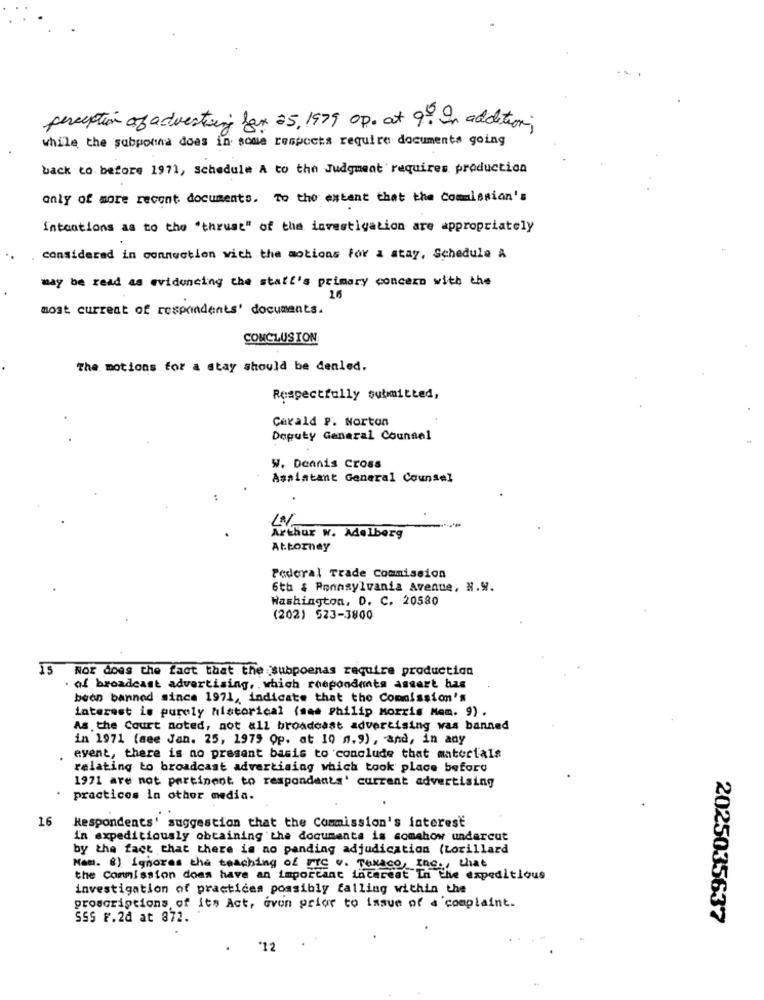
perception of advertising fax 25, 1979 op. at 9 ?. In addition;
while the subpotina does in some respects require documents going
back to before 1971, schedule A to the Judgment requires production
only of more recent documents. To the extent that the Commission's
Intoations as to the "thrust" of the investigation are appropriately
considered in connection with the motions for a stay, Schedule A
may be read as evidencing the stati's primary concern with the
16
most current of respondents' documents.
CONCLUSION
The motions for a stay should be denled.
Respectfully submitted,
Carald P. Norton
Deputy General Counsel
W. Dennis Cross
Assistant General Counsel
Arthur w. Adelberg
Attorney
Federal Trade Commission
6th : Pennsylvania Avenue, N.W.
Washington, D. C. 20580
(202) 523-3800
Nor does the fact that the subpoenas require production
of broadcast advertising, which respondents assert bas
been banned since 1971, indicate that the Commission's
interest is purely historical (sae Philip Morris Mem. 9).
As the Court noted, not all broadcast advertising was banned
in 1971 (see Jan. 25, 1979 Op. at 10 0.9), and, in any
event, there is no present basis to conclude that materials
relating to broadcast advertising which took place before
1971 are not pertinent to respondants' current advertising
practices in other media.
16
Respondents' suggestion that the Commission's interest
in expeditiously obtaining the documents is somehow undercut
by the fact that there is no panding adjudication (Lorillard
Nam. 8) Ignores the teaching of Fre v. Texaco, Inc ., that
the Commission does have an important interest In the expeditious
investigation of practices possibly falling within the
prescriptions of its Act, even prior to issue of a'complaint.
SSS F.2d at 872.
2025035637
*12